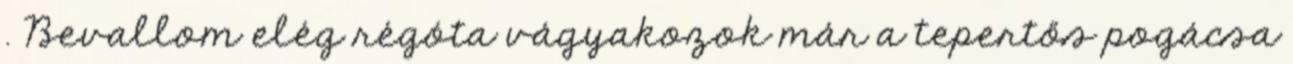
. Bevallom elég régóta vágyakozok már a tepertős pogácsa